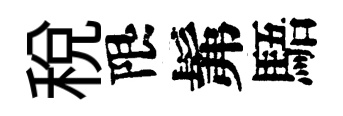
稅限髴䮏